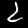
Label: 2